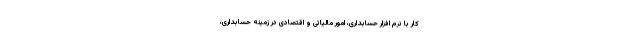
کار با نرم افزار حسابداری، امور مالیاتی و اقتصادی در زمینه حسابداری،